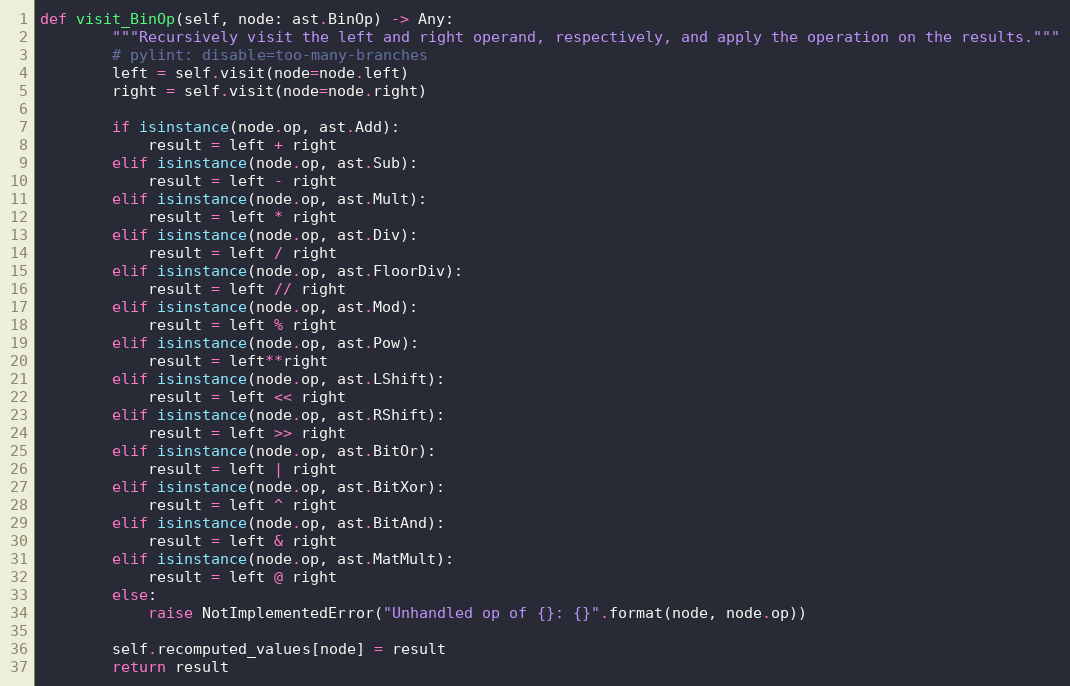
Language: Python
def visit_BinOp(self, node: ast.BinOp) -> Any:
        """Recursively visit the left and right operand, respectively, and apply the operation on the results."""
        # pylint: disable=too-many-branches
        left = self.visit(node=node.left)
        right = self.visit(node=node.right)

        if isinstance(node.op, ast.Add):
            result = left + right
        elif isinstance(node.op, ast.Sub):
            result = left - right
        elif isinstance(node.op, ast.Mult):
            result = left * right
        elif isinstance(node.op, ast.Div):
            result = left / right
        elif isinstance(node.op, ast.FloorDiv):
            result = left // right
        elif isinstance(node.op, ast.Mod):
            result = left % right
        elif isinstance(node.op, ast.Pow):
            result = left**right
        elif isinstance(node.op, ast.LShift):
            result = left << right
        elif isinstance(node.op, ast.RShift):
            result = left >> right
        elif isinstance(node.op, ast.BitOr):
            result = left | right
        elif isinstance(node.op, ast.BitXor):
            result = left ^ right
        elif isinstance(node.op, ast.BitAnd):
            result = left & right
        elif isinstance(node.op, ast.MatMult):
            result = left @ right
        else:
            raise NotImplementedError("Unhandled op of {}: {}".format(node, node.op))

        self.recomputed_values[node] = result
        return result